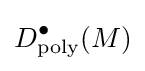
D_{\rm {poly}}^{\bullet }(M)